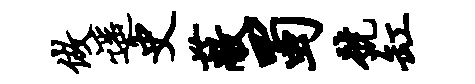
做遥史蔽蜀号缸